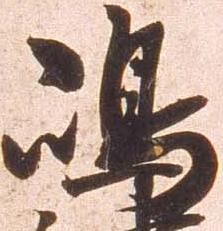
嶋